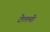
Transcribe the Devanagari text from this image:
टेलमो